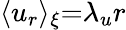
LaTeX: {\langle u_{r}\rangle_{\xi}}{=}{\lambda_{u}}r